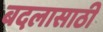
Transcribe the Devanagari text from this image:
बदलासाठी